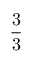
\frac { 3 } { 3 }